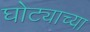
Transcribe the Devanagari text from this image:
घोट्याच्या